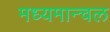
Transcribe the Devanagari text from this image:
मध्यमान्चल